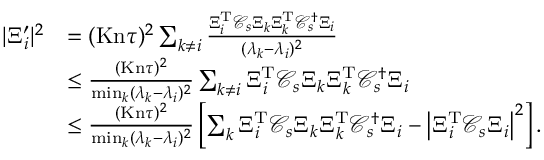
\begin{array} { r l } { \vert \Xi _ { i } ^ { \prime } \vert ^ { 2 } } & { = ( \ensuremath { \mathrm { K n } } \tau ) ^ { 2 } \sum _ { k \neq i } \frac { \Xi _ { i } ^ { \mathrm { T } } \mathcal C _ { s } \Xi _ { k } \Xi _ { k } ^ { \mathrm { T } } \mathcal C _ { s } ^ { \dagger } \Xi _ { i } } { ( \lambda _ { k } - \lambda _ { i } ) ^ { 2 } } } \\ & { \leq \frac { ( \ensuremath { \mathrm { K n } } \tau ) ^ { 2 } } { \operatorname* { m i n } _ { k } ( \lambda _ { k } - \lambda _ { i } ) ^ { 2 } } \sum _ { k \neq i } \Xi _ { i } ^ { \mathrm { T } } \mathcal C _ { s } \Xi _ { k } \Xi _ { k } ^ { \mathrm { T } } \mathcal C _ { s } ^ { \dagger } \Xi _ { i } } \\ & { \leq \frac { ( \ensuremath { \mathrm { K n } } \tau ) ^ { 2 } } { \operatorname* { m i n } _ { k } ( \lambda _ { k } - \lambda _ { i } ) ^ { 2 } } \left[ \sum _ { k } \Xi _ { i } ^ { \mathrm { T } } \mathcal C _ { s } \Xi _ { k } \Xi _ { k } ^ { \mathrm { T } } \mathcal C _ { s } ^ { \dagger } \Xi _ { i } - \left\vert \Xi _ { i } ^ { \mathrm { T } } \mathcal C _ { s } \Xi _ { i } \right\vert ^ { 2 } \right] . } \end{array}